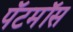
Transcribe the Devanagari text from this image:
पॅटमॉस